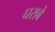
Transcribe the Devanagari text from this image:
घराबे